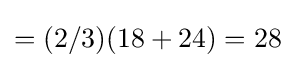
=(2/3)(18+24)=28